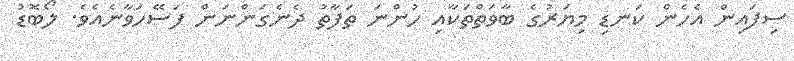
ސިފައިން އެހެން ކަނޑި މިޔަރުގެ ބާވަތްތަކާއި ހުންނަ ތަފާތު ދެނެގަންނަން ފަސޭހަވާނެއެވެ. ލޯބޮޑު